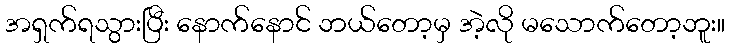
အရှက်ရသွားပြီး နောက်နောင် ဘယ်တော့မှ အဲ့လို မသောက်တော့ဘူး။